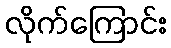
လိုက်ကြောင်း